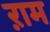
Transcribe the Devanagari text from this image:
ऱाम